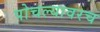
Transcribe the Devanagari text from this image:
पोचल्यावरच